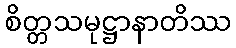
စိတ္တသမုဋ္ဌာနာတိဿ